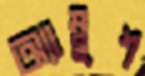
অ্যাম্বুশ